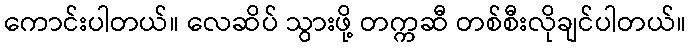
ကောင်းပါတယ်။ လေဆိပ် သွားဖို့ တက္ကဆီ တစ်စီးလိုချင်ပါတယ်။